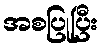
အစပြုပြီး